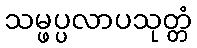
သမ္ဖပ္ပလာပသုတ္တံ